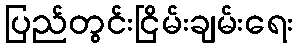
ပြည်တွင်းငြိမ်းချမ်းရေး